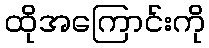
ထိုအကြောင်းကို